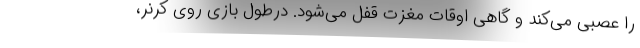
را عصبی می‌کند و گاهی اوقات مغزت قفل می‌شود. درطول بازی روی کرنر،